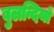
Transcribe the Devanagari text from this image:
बुलन्दियाँ